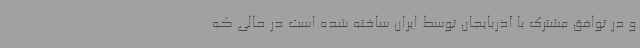
و در توافق مشترک با آذربایجان توسط ایران ساخته شده است در حالی که